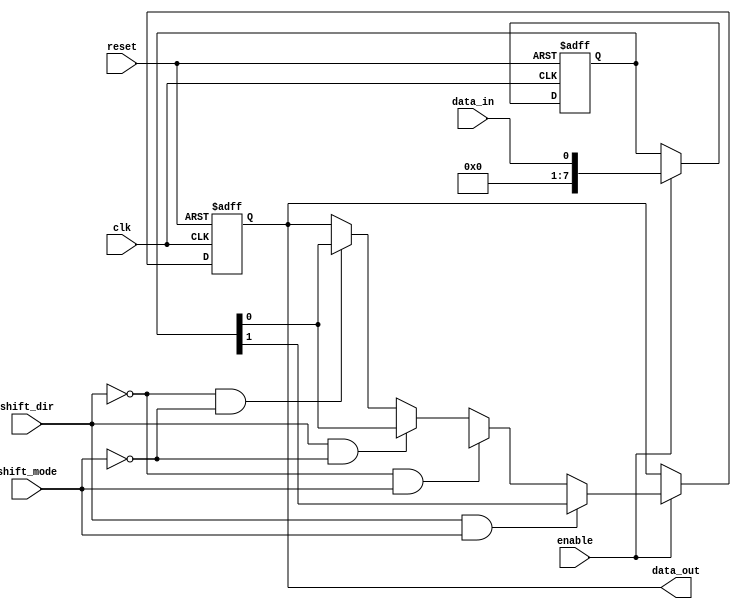
module shift_register (
    input clk,
    input reset,
    input shift_dir,
    input shift_mode,
    input data_in,
    input enable,
    output reg data_out
);

reg [7:0] reg_data;

// Parallel-in operation
always @ (posedge clk or posedge reset)
begin
    if (reset)
        reg_data <= 8'b00000000;
    else if (enable)
        reg_data <= data_in;
end

// Sequential shifting operations
always @ (posedge clk or posedge reset)
begin
    if (reset)
        data_out <= 8'b00000000;
    else if (enable)
    begin
        if (shift_dir && shift_mode) // Shift right in serial
        begin
            data_out <= {data_out[0], reg_data[7:1]};
        end
        else if (!shift_dir && shift_mode) // Shift left in serial
        begin
            data_out <= {reg_data[6:0], data_out[7]};
        end
        else if (shift_dir && !shift_mode) // Shift right in parallel
        begin
            data_out <= reg_data;
        end
        else if (!shift_dir && !shift_mode) // Shift left in parallel
        begin
            data_out <= reg_data;
        end
    end
end

endmodule